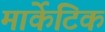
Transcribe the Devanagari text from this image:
मार्केटिक